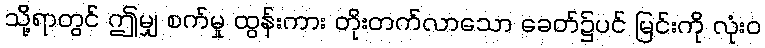
သို့ရာတွင် ဤမျှ စက်မှု ထွန်းကား တိုးတက်လာသော ခေတ်၌ပင် မြင်းကို လုံးဝ